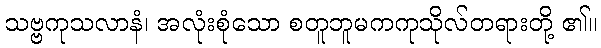
သဗ္ဗကုသလာနံ၊ အလုံးစုံသော စတူဘူမကကုသိုလ်တရားတို့ ၏။